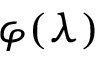
\varphi ( \lambda )